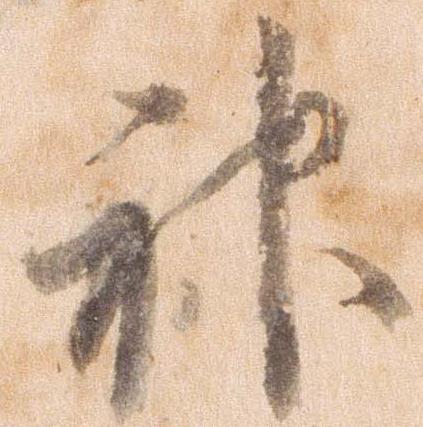
神